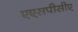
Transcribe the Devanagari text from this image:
एएसपीसीए